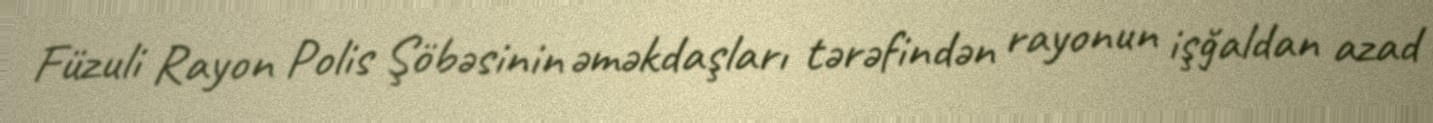
Füzuli Rayon Polis Şöbəsinin əməkdaşları tərəfindən rayonun işğaldan azad